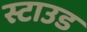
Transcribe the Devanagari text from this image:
स्टाउड